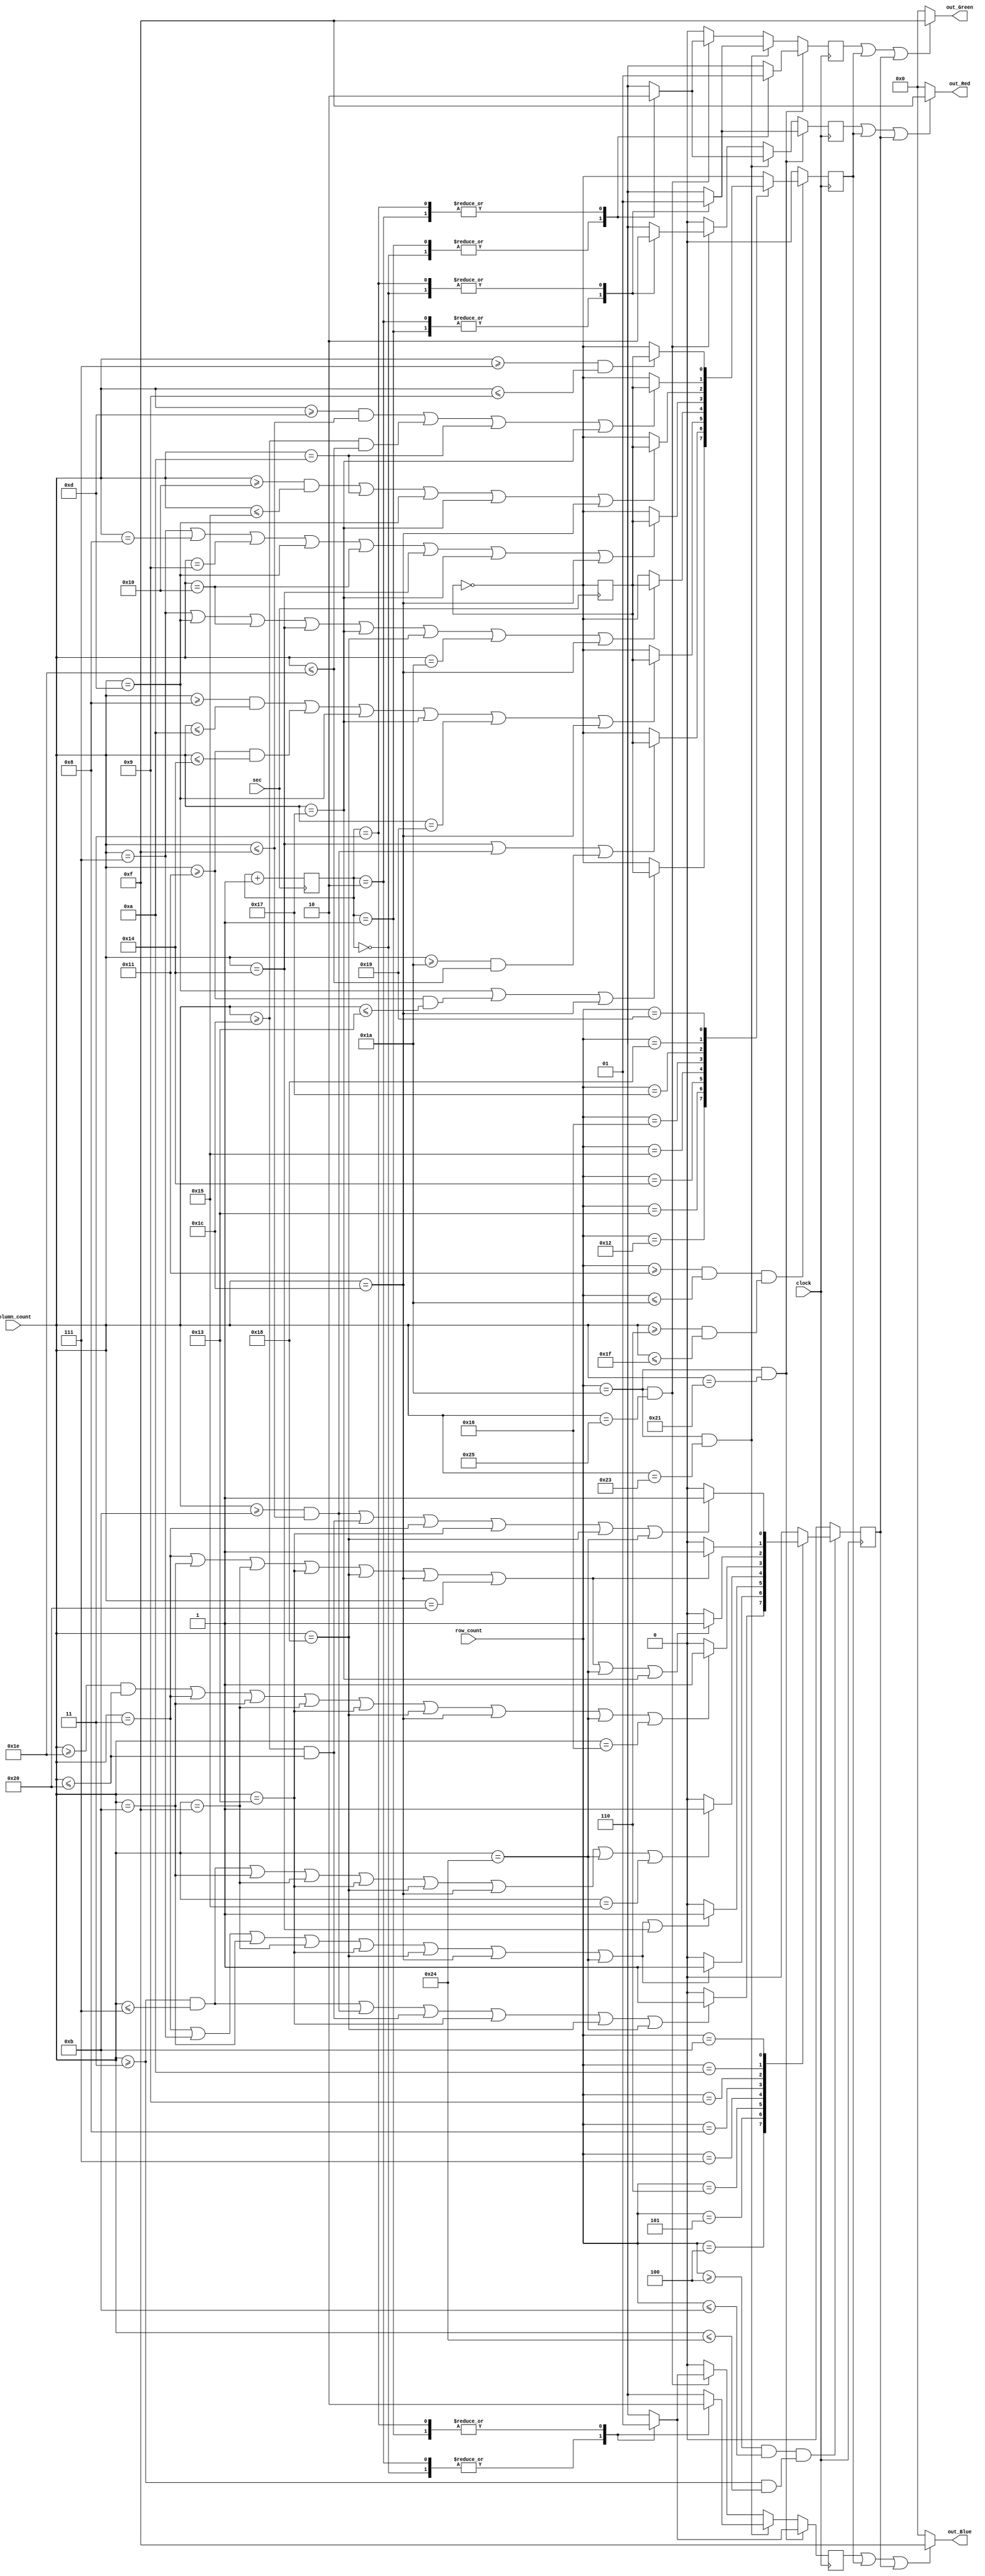
//To show the Start and Title screen of the game
module Draw_Start(
    input clock,
    input sec,
    input [5:0] column_count,
    input [5:0] row_count,

    output [3:0] out_Red,
    output [3:0] out_Green,
    output [3:0] out_Blue
    );

    reg draw_t = 0, draw_change = 0, draw_s, draw_r, draw_g, draw_b;
    reg [1:0] counter = 2'b00;

    always @(negedge sec) begin
            draw_change <= ~draw_change;
            counter <= counter + 1'b1;
    end
        

    always @(posedge clock) begin
        //##########    Title    ##########//
        if ((row_count >= 6'd4 & row_count <= 6'd11) & (column_count >= 6'd3 & column_count <= 6'd36)) begin
            case (row_count)
                6'd4: begin
                     draw_t <= ((column_count >= 6'd3   &  column_count <= 6'd7)  |
                                (column_count >= 6'd11  &  column_count <= 6'd15) |
                                (column_count >= 6'd28  &  column_count <= 6'd32) |
                                (column_count == 6'd19) | (column_count == 6'd24) | (column_count == 6'd36)) ?
                            1'b1 : 1'b0;
                end
                6'd5: begin
                    draw_t <= ((column_count == 6'd3)  | (column_count == 6'd7)  |
                               (column_count == 6'd11) | (column_count == 6'd15) |
                               (column_count == 6'd19) | (column_count == 6'd24) | 
                               (column_count == 6'd28) | (column_count == 6'd36)) ?
                            1'b1 : 1'b0;
                end
                6'd6: begin
                    draw_t <= ((column_count == 6'd3)  | (column_count == 6'd7)  |
                               (column_count == 6'd11) | (column_count == 6'd15) |
                               (column_count == 6'd19) | (column_count == 6'd24) | 
                               (column_count == 6'd28) | (column_count == 6'd36) | (column_count == 6'd20)) ?
                            1'b1 : 1'b0;
                end
                6'd7: begin
                    draw_t <= ((column_count >= 6'd3   &  column_count <= 6'd7)  |
                               (column_count == 6'd11) | (column_count == 6'd15) |
                               (column_count == 6'd19) | (column_count == 6'd24) | 
                               (column_count == 6'd28) | (column_count == 6'd36) | (column_count == 6'd21)) ?
                            1'b1 : 1'b0;
                end
                6'd8: begin
                    draw_t <= ((column_count >= 6'd30  &  column_count <= 6'd32) |
                               (column_count == 6'd3)  | (column_count == 6'd11) | (column_count == 6'd15) |
                               (column_count == 6'd19) | (column_count == 6'd24) | 
                               (column_count == 6'd28) | (column_count == 6'd36) | (column_count == 6'd22)) ?
                            1'b1 : 1'b0;
                end
                6'd9: begin
                    draw_t <= ((column_count == 6'd3)  | (column_count == 6'd11) | (column_count == 6'd15) |
                               (column_count == 6'd19) | (column_count == 6'd24) | (column_count == 6'd28) | 
                               (column_count == 6'd32) | (column_count == 6'd36) | (column_count == 6'd23)) ?
                        1'b1 : 1'b0;
                end
                6'd10: begin
                    draw_t <= ((column_count == 6'd3)  | (column_count == 6'd11) | (column_count == 6'd15) |
                               (column_count == 6'd19) | (column_count == 6'd24) | (column_count == 6'd28) | 
                               (column_count == 6'd32) ) ?
                        1'b1 : 1'b0;
                end
                6'd11: begin
                    draw_t <= ((column_count >= 6'd11  &  column_count <= 6'd15) |
                               (column_count >= 6'd28  &  column_count <= 6'd32) |
                               (column_count == 6'd3)  | (column_count == 6'd19) | 
                               (column_count == 6'd24) | (column_count == 6'd36) ) ?
                        1'b1 : 1'b0;
                end
                default: begin
                    draw_t <= 1'b0;
                end
            endcase
        end
        else begin
            draw_t <= 1'b0;
        end

        //##########    Start    ##########//
        if ((row_count >= 6'd17 & row_count <= 6'd26) & (column_count >= 6'd6 & column_count <= 31)) begin
            case (row_count)
                6'd18: begin
                    draw_s <= (column_count == 6'd13 | (column_count >= 17 & column_count <= 19) | column_count == 28) ?
                        draw_change : ~draw_change; 
                end
                6'd19: begin
                    draw_s <= (column_count == 6'd20 | (column_count >= 11 & column_count <= 15) | (column_count >= 26 & column_count <= 30)) ?
                        draw_change : ~draw_change; 
                end
                6'd20: begin
                    draw_s <= ((column_count >= 6'd8 & column_count <= 6'd10) | (column_count >= 6'd17 & column_count <= 6'd20) | 
                                column_count == 6'd13 | column_count == 6'd23 | column_count == 6'd25 | column_count == 6'd28) ?
                        draw_change : ~draw_change; 
                end
                6'd21: begin
                    draw_s <= (column_count == 6'd7  | column_count == 6'd13 | column_count == 6'd16 | column_count == 6'd20 | 
                               column_count == 6'd23 | column_count == 6'd24 | column_count == 6'd26 | column_count == 6'd28) ?
                        draw_change : ~draw_change;
                end
                6'd22: begin
                    draw_s <= (column_count == 6'd7  | column_count == 6'd8  | column_count == 6'd9  | column_count == 6'd13 | 
                               column_count == 6'd16 | column_count == 6'd20 | column_count == 6'd23 | column_count == 6'd28) ?
                        draw_change : ~draw_change;
                end
                6'd23: begin
                    draw_s <= ((column_count >= 6'd16 & column_count <= 6'd21) | 
                                column_count == 6'd10 | column_count == 6'd13 | column_count == 6'd23 | column_count == 6'd28) ?
                        draw_change : ~draw_change; 
                end
                6'd24: begin
                    draw_s <= ((column_count >= 6'd13 & column_count <= 6'd15) | (column_count >= 6'd28 & column_count <= 6'd30) |
                                column_count == 6'd10 | column_count == 6'd23) ?
                        draw_change : ~draw_change; 
                end
                6'd25: begin
                    draw_s <= ((column_count >= 6'd7 & column_count <= 6'd9))?
                        draw_change : ~draw_change; 
                end
                default: begin
                    draw_s <= ~draw_change;
                end
            endcase
        end
        else begin
            draw_s <= 1'b0;
        end

        //##########     dot     ##########//
        if (row_count == 6'd26 & column_count == 6'd33) begin
            case (counter)
                2'b00: begin
                    draw_r <= 1'b1;
                    draw_b <= 1'b0;
                    draw_g <= 1'b0;
                end
                2'b01: begin
                    draw_r <= 1'b0;
                    draw_b <= 1'b1;
                    draw_g <= 1'b0;
                end
                2'b10: begin
                    draw_r <= 1'b0;
                    draw_b <= 1'b0;
                    draw_g <= 1'b1;
                end
                2'b11: begin
                    draw_r <= 1'b1;
                    draw_b <= 1'b1;
                    draw_g <= 1'b1;
                end
            endcase
        end
        else if (row_count == 6'd26 & column_count == 6'd35) begin
            case (counter)
                2'b00: begin
                    draw_r <= 1'b1;
                    draw_b <= 1'b1;
                    draw_g <= 1'b1;
                end
                2'b01: begin
                    draw_r <= 1'b1;
                    draw_b <= 1'b0;
                    draw_g <= 1'b0;
                end
                2'b10: begin
                    draw_r <= 1'b0;
                    draw_b <= 1'b1;
                    draw_g <= 1'b0;
                end
                2'b11: begin
                    draw_r <= 1'b0;
                    draw_b <= 1'b0;
                    draw_g <= 1'b1;
                end
            endcase
        end
        else if (row_count == 6'd26 & column_count == 6'd37) begin
            case (counter)
                2'b00: begin
                    draw_r <= 1'b0;
                    draw_b <= 1'b0;
                    draw_g <= 1'b1;
                end
                2'b01: begin
                    draw_r <= 1'b1;
                    draw_b <= 1'b1;
                    draw_g <= 1'b1;
                end
                2'b10: begin
                    draw_r <= 1'b1;
                    draw_b <= 1'b0;
                    draw_g <= 1'b0;
                end
                2'b11: begin
                    draw_r <= 1'b0;
                    draw_b <= 1'b1;
                    draw_g <= 1'b0;
                end
            endcase
        end
        else begin
            draw_r <= 1'b0;
            draw_b <= 1'b0;
            draw_g <= 1'b0;
        end
    end


    // Assign white when the paddles or ball is in current position 
    assign out_Red = (draw_r | draw_s | draw_t) ? 4'b1111 : 4'b0000;
    assign out_Blue = (draw_b | draw_s | draw_t) ? 4'b1111 : 4'b0000;
    assign out_Green = (draw_g | draw_s | draw_t) ? 4'b1111 : 4'b0000;
endmodule